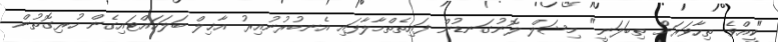
"ކީއްވެ ތިހާވަރަށް ތިބަލަނީ" މިޝަލް ލޮނުގަނޑުން ފައިތެތްމާލާފައި އެނބުރުނުއިރު އާޚިލް ބަލަހައްޓައިގެން ހުރިގޮތުން